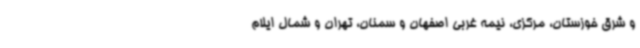
و شرق خوزستان، مرکزی، نیمه غربی اصفهان و سمنان، تهران و شمال ایلام